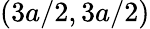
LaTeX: (3a/2,3a/2)